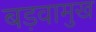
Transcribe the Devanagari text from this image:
बड़वामुख